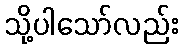
သို့ပါသော်လည်း